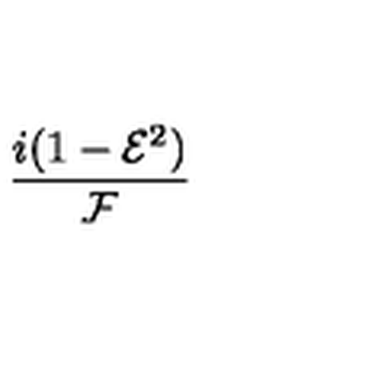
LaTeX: \frac { i ( 1 - { \mathcal { E } } ^ { 2 } ) } { { \mathcal { F } } }